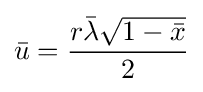
{\bar {u}}={\frac {r{\bar {\lambda }}{\sqrt {1-{\bar {x}}}}}{2}}